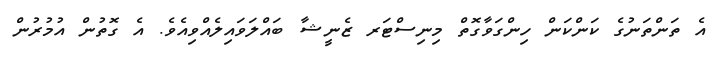
އެ ތަންތަނުގެ ކަންކަން ހިންގަވާގޮތް މިނިސްޓަރ ޒެނީޝާ ބައްލަވައިލެއްވިއެވެ. އެ ގޮތުން އުމުރުން